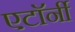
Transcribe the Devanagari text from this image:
एटाॅर्नी